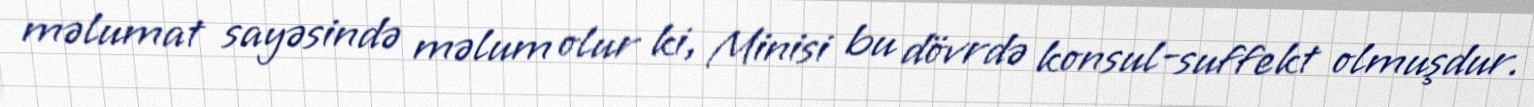
məlumat sayəsində məlum olur ki, Minisi bu dövrdə konsul-suffekt olmuşdur.